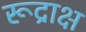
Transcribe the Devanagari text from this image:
रूद्राक्ष